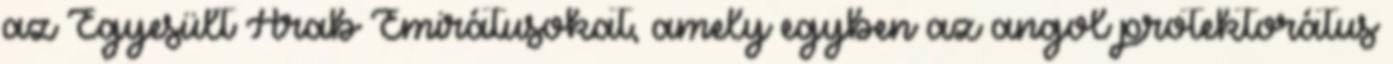
az Egyesült Arab Emirátusokat, amely egyben az angol protektorátus